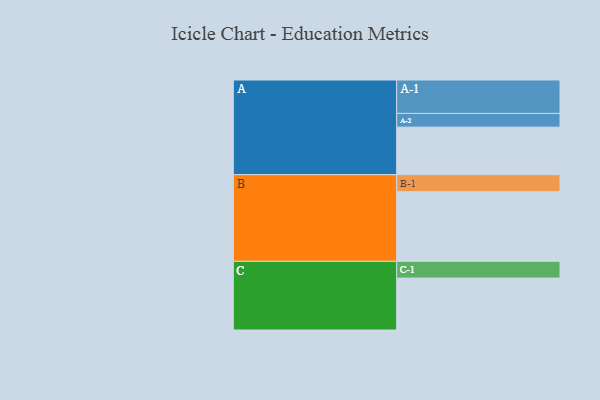
{"axis": {"x": "Segment", "y": "Value"}, "legend": ["", "A", "B", "C"], "data": [{"x": "A", "y": 364, "type": ""}, {"x": "B", "y": 533, "type": ""}, {"x": "C", "y": 398, "type": ""}, {"x": "A-1", "y": 256, "type": "A"}, {"x": "A-2", "y": 105, "type": "A"}, {"x": "B-1", "y": 131, "type": "B"}, {"x": "C-1", "y": 128, "type": "C"}]}